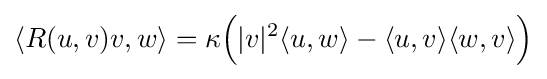
\langle R(u,v)v,w\rangle =\kappa {\Big (}|v|^{2}\langle u,w\rangle -\langle u,v\rangle \langle w,v\rangle {\Big )}